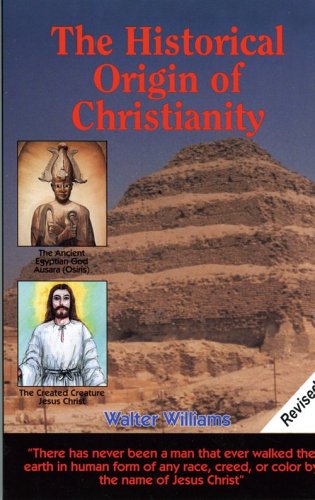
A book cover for The Historical Origin of Christianity; Walter Williams; Christian Books & Bibles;